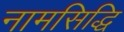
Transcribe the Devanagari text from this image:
नामसिद्धि